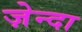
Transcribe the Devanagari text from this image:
ज़ेन्दा